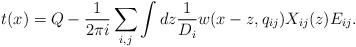
LaTeX: \begin{align*}t(x)=Q-\frac{1}{2\pi i}\sum_{i, j}\int dz \frac{1}{D_i}w(x-z,q_{ij})X_{ij}(z) E_{ij}.\end{align*}